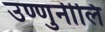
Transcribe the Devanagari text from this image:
उण्णुनीलि